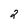
Character: 2